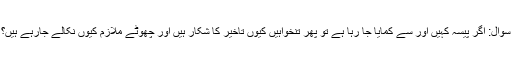
سوال: اگر پیسہ کہیں اور سے کمایا جا رہا ہے تو پھر تنخواہیں کیوں تاخیر کا شکار ہیں اور چھوٹے ملازم کیوں نکالے جارہے ہیں؟